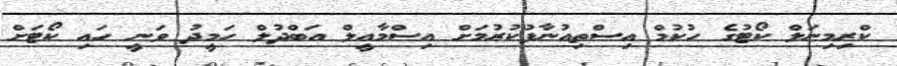
ކްރިމިނަލް ކޯޓުގެ ހުކުމް އިސްތިއުނާފުކުރުމަށް އިސްމާއީލް އަބްދުލް ހަމީދު ވަނީ ހައި ކޯޓަށް